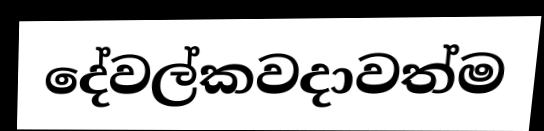
දේවල්කවදාවත්ම